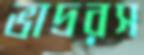
ভাদ্ররস